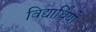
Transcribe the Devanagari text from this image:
विद्यार्थिंयों